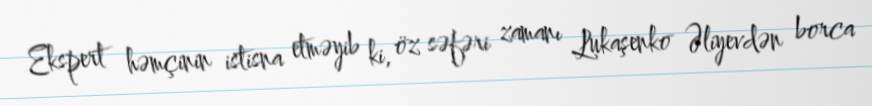
Ekspert həmçinin istisna etməyib ki, öz səfəri zamanı Lukaşenko Əliyevdən borca